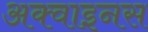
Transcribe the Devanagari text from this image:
अक्वाइनस